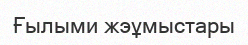
Ғылыми жэұмыстары